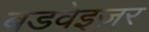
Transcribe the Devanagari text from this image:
बडवेइज़र